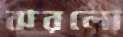
ঝরলো